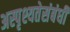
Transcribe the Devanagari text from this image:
अस्पृश्यतेसंबंधी